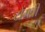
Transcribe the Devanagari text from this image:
टोंगवी